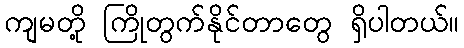
ကျမတို့ ကြိုတွက်နိုင်တာတွေ ရှိပါတယ်။